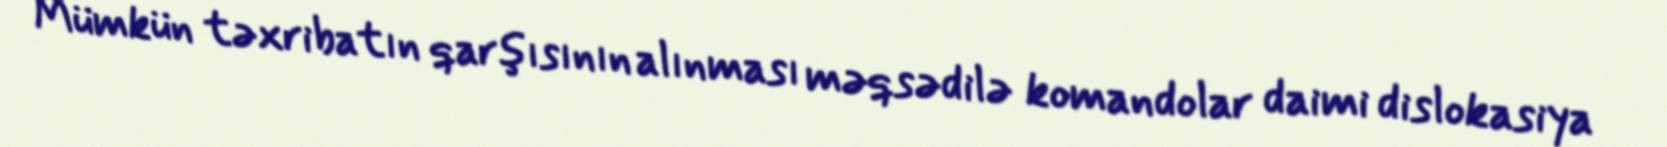
Mümkün təxribatın qarşısının alınması məqsədilə komandolar daimi dislokasiya